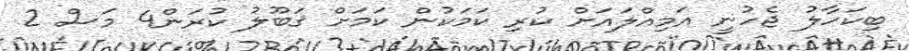
ބިކަހާލު ޖެހުނީ އަމިއްލައަށް ކުރި ކަމަކުން ކަމަށް ޤަބޫލު ކުރަން4 މަސް 2